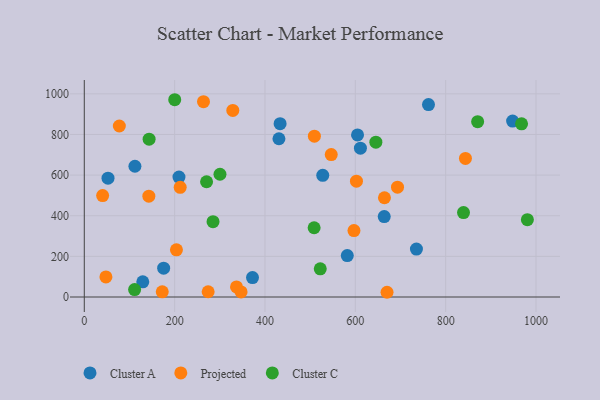
{"axis": {"x": "Investment", "y": "Fuel Efficiency"}, "legend": ["Cluster A", "Cluster C", "Projected"], "data": [{"x": "430.9", "y": 779.0, "type": "Cluster A"}, {"x": "52.5", "y": 584.9, "type": "Cluster A"}, {"x": "527.9", "y": 598.7, "type": "Cluster A"}, {"x": "129.5", "y": 74.6, "type": "Cluster A"}, {"x": "948.2", "y": 865.8, "type": "Cluster A"}, {"x": "611.3", "y": 732.5, "type": "Cluster A"}, {"x": "112.1", "y": 643.6, "type": "Cluster A"}, {"x": "209.6", "y": 590.1, "type": "Cluster A"}, {"x": "735.3", "y": 236.1, "type": "Cluster A"}, {"x": "604.9", "y": 797.7, "type": "Cluster A"}, {"x": "762.0", "y": 947.1, "type": "Cluster A"}, {"x": "372.4", "y": 95.7, "type": "Cluster A"}, {"x": "664.0", "y": 396.0, "type": "Cluster A"}, {"x": "433.5", "y": 853.3, "type": "Cluster A"}, {"x": "175.7", "y": 141.7, "type": "Cluster A"}, {"x": "582.2", "y": 204.1, "type": "Cluster A"}, {"x": "670.2", "y": 23.3, "type": "Projected"}, {"x": "212.3", "y": 539.8, "type": "Projected"}, {"x": "602.5", "y": 570.0, "type": "Projected"}, {"x": "843.8", "y": 682.2, "type": "Projected"}, {"x": "77.6", "y": 841.8, "type": "Projected"}, {"x": "509.4", "y": 791.4, "type": "Projected"}, {"x": "274.2", "y": 25.8, "type": "Projected"}, {"x": "546.7", "y": 700.8, "type": "Projected"}, {"x": "47.9", "y": 98.7, "type": "Projected"}, {"x": "172.6", "y": 25.7, "type": "Projected"}, {"x": "597.0", "y": 326.9, "type": "Projected"}, {"x": "328.8", "y": 918.5, "type": "Projected"}, {"x": "664.5", "y": 488.6, "type": "Projected"}, {"x": "337.0", "y": 49.6, "type": "Projected"}, {"x": "204.0", "y": 232.2, "type": "Projected"}, {"x": "693.4", "y": 540.6, "type": "Projected"}, {"x": "263.9", "y": 961.5, "type": "Projected"}, {"x": "142.9", "y": 496.4, "type": "Projected"}, {"x": "347.1", "y": 25.1, "type": "Projected"}, {"x": "40.6", "y": 499.2, "type": "Projected"}, {"x": "870.8", "y": 863.1, "type": "Cluster C"}, {"x": "508.8", "y": 340.8, "type": "Cluster C"}, {"x": "645.5", "y": 762.3, "type": "Cluster C"}, {"x": "200.2", "y": 971.0, "type": "Cluster C"}, {"x": "839.5", "y": 415.7, "type": "Cluster C"}, {"x": "143.5", "y": 777.0, "type": "Cluster C"}, {"x": "285.0", "y": 370.8, "type": "Cluster C"}, {"x": "300.4", "y": 604.2, "type": "Cluster C"}, {"x": "968.0", "y": 852.6, "type": "Cluster C"}, {"x": "980.9", "y": 380.5, "type": "Cluster C"}, {"x": "522.4", "y": 138.5, "type": "Cluster C"}, {"x": "111.4", "y": 36.5, "type": "Cluster C"}, {"x": "270.7", "y": 567.4, "type": "Cluster C"}]}